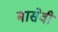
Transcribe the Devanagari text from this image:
बासेवी